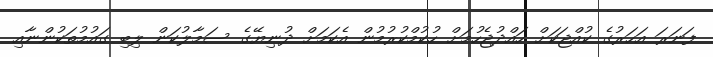
ފަނަރަ އަހަރުގެ ކުއްޖަކަށް ހައްދުޖެހުމަށް ހުކުމްކުރުމުން އެކަމަށް ދުނިޔޭގެ ސަމާލުކަން ލިބި ގައުމުތަކުންނާއި